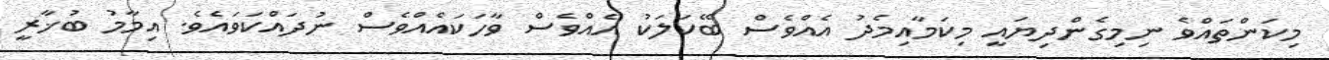
މިކަންތައްވެ ނިމިގެންދިޔައީ މިކަމާއިމެދު އެއްވެސް ބޭކަލަކު އެއްވެސް ވާހަކައެއްވެސް ނުދައްކަވައެވެ. އިމާމު ބުޚާރީ